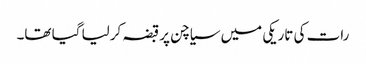
رات کی تاریکی میں سیاچن پر قبضہ کرلیا گیا تھا۔